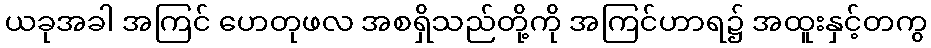
ယခုအခါ အကြင် ဟေတုဖလ အစရှိသည်တို့ကို အကြင်ဟာရ၌ အထူးနှင့်တကွ